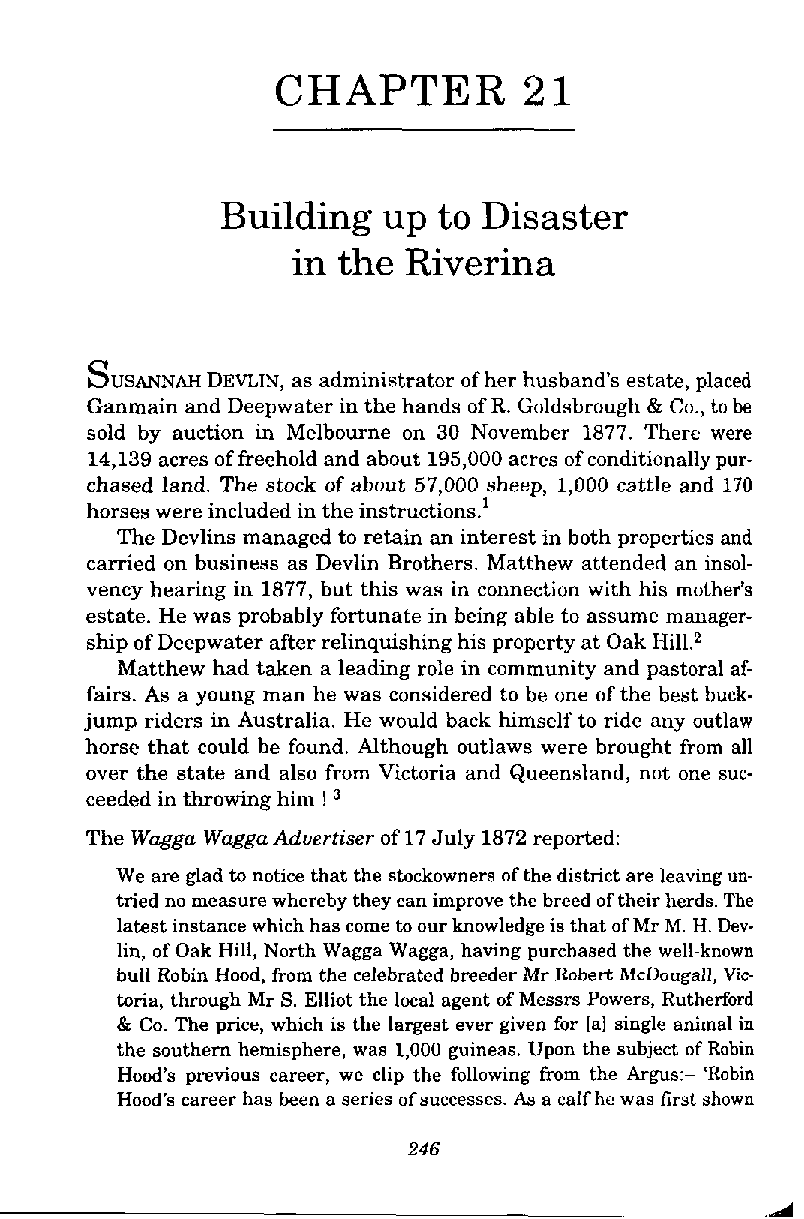
CHAPTER          2 1
 Building  up  to Disaster
 in the  Riverina
 Susmww  DEVLIN, as administrator of her husband's estate, placed
 Ganmain and Deepwater in the hands of R. Goldsbrough & Co., to be
 sold by auction in Melbourne on 30 November 1877. There were
 14,139 acres of freehold and about 195,000 acres of conditionally pur-
 chased land. The stock of about 57,000 sheep, 1,000 cattle and 170
 horses were included in the instructions.'
 The Devlins managed to retain an interest in both properties and
 carried on business as Devlin Brothers. Matthew attended an insol-
 vency hearing in 1877, but this was in connection with his mother's
 estate. He was probably fortunate in being able to assume manager-
 ship of Deepwater after relinquishing his property at Oak Hi1L2
 Matthew had taken a leading role in community and pastoral af-
 fairs. As a young man he was considered to be one of the best buck-
 jump riders in Australia. He would back himself to ride any outlaw
 horse that could be found. Although outlaws were brought from all
 over the state and also from Victoria and Queensland, not one suc-
 ceeded in throwing him !
 The Wagga Wagga Advertiser of 17 July 1872 reported:
 We are glad to notice that the stockowners of the district are leaving un-
 tried no measure whereby they can improve the breed of their herds. The
 latest instance which has come to our knowledge is that of Mr M. H. Dev-
 lin, of Oak Hill, North Wagga Wagga, having purchased the well-known
 bull Robin Hood, from the celebrated breeder Mr Robert McDougall, Vic
 toria, through Mr S. Elliot the local agent of Messrs Powers, Rutherford
 & Co. The price, which is the largest ever given for [a] single animal in
 the southern hemisphere, was 1,000 guineas. Upon the subject of Robin
 Hood's previous career, we clip the following fi-om the Argus:- 'Robin
 Hood's career has been a series of successes. Aa a calf he was first shown